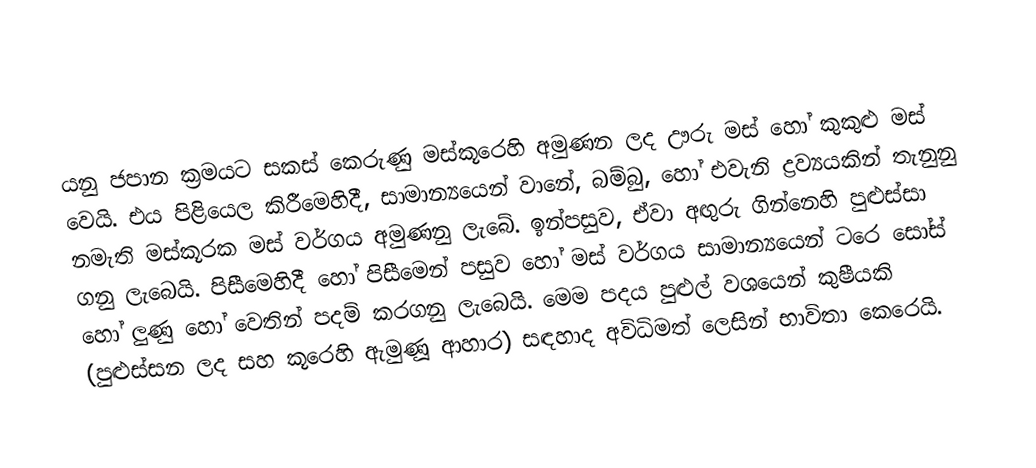
යනු ජපාන ක්‍රමයට සකස් කෙරුණු මස්කූරෙහි අමුණන ලද  ඌරු මස් හෝ කුකුළු මස් වෙයි. එය පිළියෙල කිරීමෙහිදී, සාමාන්‍යයෙන්  වානේ, බම්බු, හෝ එවැනි ද්‍රව්‍යයකින් තැනුනු  නමැති මස්කූරක මස් වර්ගය අමුණනු ලැබේ. ඉන්පසුව, ඒවා අඟුරු ගින්නෙහි පුළුස්සා ගනු ලැබෙයි. පිසීමෙහිදී හෝ පිසීමෙන් පසුව හෝ මස් වර්ගය සාමාන්‍යයෙන්  ටරෙ සෝස් හෝ ලුණු හෝ වෙතින් පදම් කරගනු ලැබෙයි.  මෙම පදය පුළුල් වශයෙන් කුෂීයකි (පුළුස්සන ලද සහ කූරෙහි ඇමුණූ ආහාර) සඳහාද අවිධිමත් ලෙසින් භාවිතා කෙරෙයි.